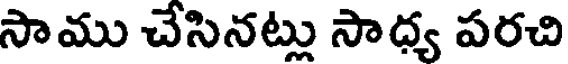
సాము చేసినట్లు సాధ్య పరచి